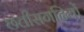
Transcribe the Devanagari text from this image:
छत्तीसगढ़ियों